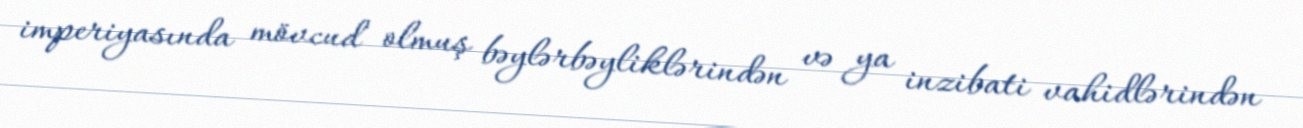
imperiyasında mövcud olmuş bəylərbəyliklərindən və ya inzibati vahidlərindən